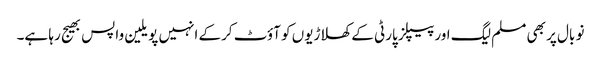
نو بال پر بھی مسلم لیگ اور پیپلز پارٹی کے کھلاڑیوں کو آؤٹ کرکے انہیں پویلین واپس بھیج رہا ہے۔